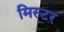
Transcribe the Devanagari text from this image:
मिस्‍टर